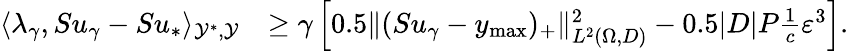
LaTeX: \begin{array}{rl}{\langle\lambda_{\gamma},Su_{\gamma}-Su_{*}\rangle_{\mathcal{Y}^{*},\mathcal{Y}}}&{\ge\gamma\left[0.5\| (Su_{\gamma}-y_{\operatorname*{max}})_{+}\| _{L^{2}(\Omega,D)}^{2}-0.5|D|P\frac{1}{c}\varepsilon^{3}\right].}\end{array}